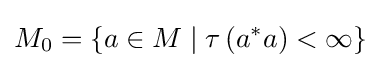
M_{0}=\left\{a\in M\mid \tau \left(a^{*}a\right)<\infty \right\}